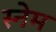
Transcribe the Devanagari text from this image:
स्नेम